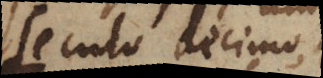
Seculo decimo,